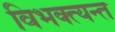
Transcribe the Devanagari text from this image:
विभक्त्यन्त